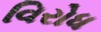
વિરોધ